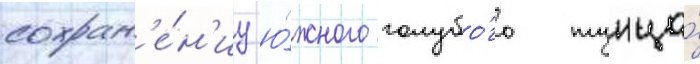
сохран'е́н'иу ю́жного голубо́го тунца́